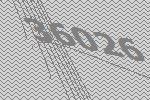
36026